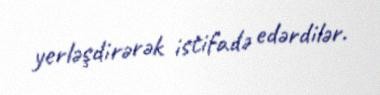
yerləşdirərək istifadə edərdilər.